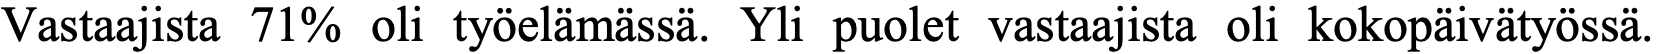
Vastaajista 71% oli työelämässä. Yli puolet vastaajista oli kokopäivätyössä.